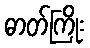
ဓာတ်ကြိုး